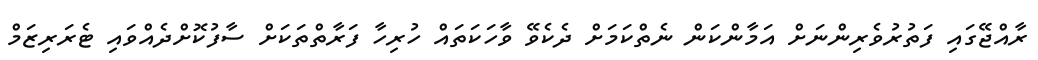
ރާއްޖޭގައި ފަތުރުވެރިންނަށް އަމާންކަން ނެތްކަމަށް ދެކެވޭ ވާހަކަތައް ހުރިހާ ފަރާތްތަކަށް ސާފުކޮށްދެއްވައި ޓެރަރިޒަމް